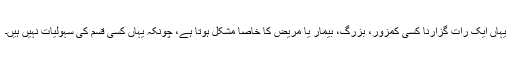
یہاں ایک رات گزارنا کسی کمزور، بزرگ، بیمار یا مریض کا خاصا مشکل ہوتا ہے، چونکہ یہاں کسی قسم کی سہولیات نہیں ہیں۔